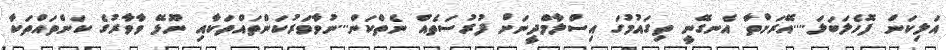
އަލިކަން ފޮހެލަބަލަ....އޭރަށްތާ އެނގޭނީ ތިގައުމުގަ އިސްލާމްދީނަށް ފުރުސަތެއް ނެތްކަން...ނުވާވަރުކަންތައްތަކާއި ނޫޅޭ ވާވާރުގެ ކަންތައްތަކާ